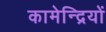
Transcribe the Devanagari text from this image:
कामेन्द्रियों